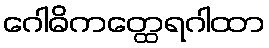
ဂေါဓိကတ္ထေရဂါထာ